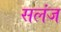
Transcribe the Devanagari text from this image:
सलंज